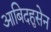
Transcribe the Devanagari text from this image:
आबिदहुसेन